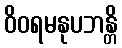
ဝိဝရမနုပဘန္တိ